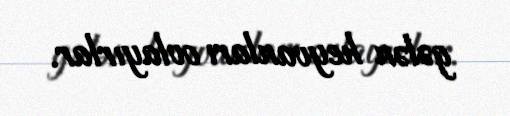
gələn heyvanları ovlayırlar.